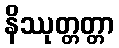
နိဿုတ္တတ္တာ